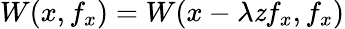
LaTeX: W(x,f_{x})=W(x-\lambda\mathit{z}f_{x},f_{x})